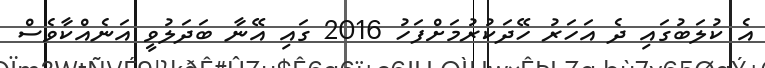
އެ ކުލަބުގައި ދެ އަހަރު ހޭދަކުރުމަށްފަހު 2016 ގައި އޭނާ ބަދަލުވީ އަނެއްކާވެސް